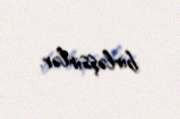
birləşsinlər.